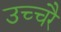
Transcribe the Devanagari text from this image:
उच्‍चरै